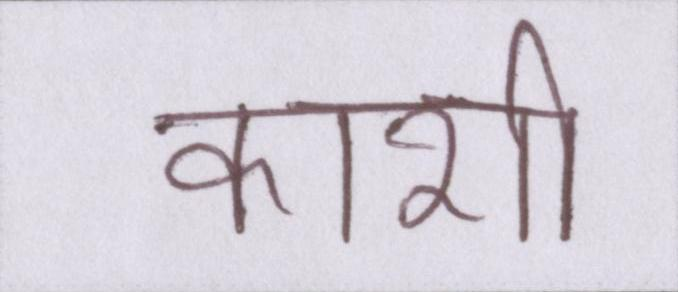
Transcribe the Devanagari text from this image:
काशी